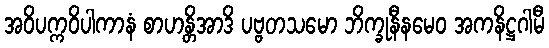
အဝိပက္ကဝိပါကာနံ စာဟန္တိအာဒိ ပဗ္ဗတသမော ဘိက္ခုနီနမေဝ အကနိဋ္ဌဂါမီ